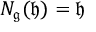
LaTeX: N _ { \mathfrak { g } } ( { \mathfrak { h } } ) = { \mathfrak { h } }